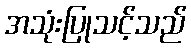
အသုံးပြုသင့်သည်